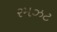
રમઝટ